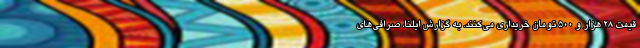
قیمت ۲۸ هزار و ۵۰۰ تومان خریداری می‌کنند. به گزارش ایلنا، صرافی‌های